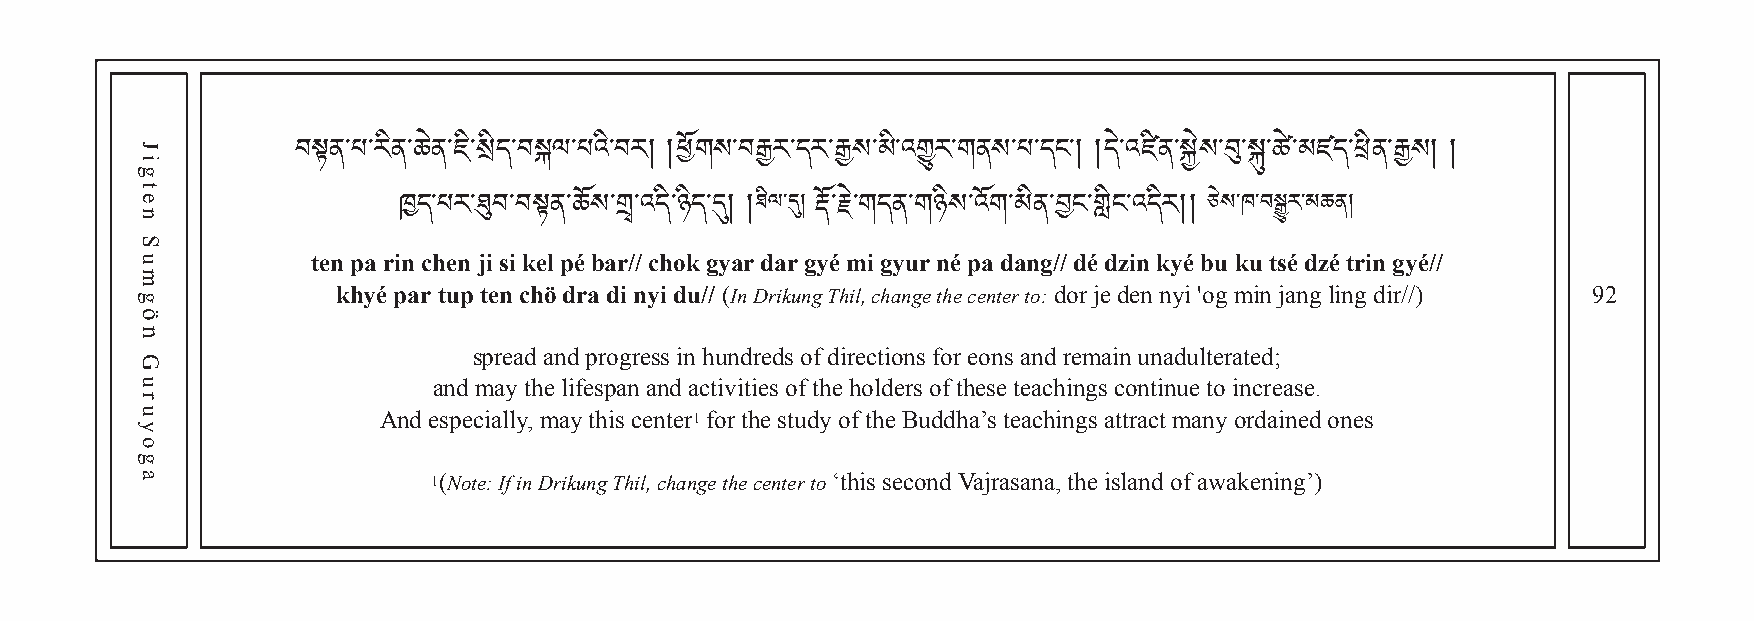
བསྟན་པ་རིན་ཆེན་ཇི་སྲིད་བསལ་པའི་བར། །ཕོགས་བརྒྱར་དར་རྒྱས་མི་འགྱུར་གནས་པ་དང་། །དེ་འཛིན་སྐྱེས་བུ་སྐུ་ཚྲེ་མཛད་ཕིན་རྒྱས། །
 ཐིལ་དུ།                       ཅེས་ཁ་བསྒྱུར་མཆན།
 ten pa riཁn དc་hཔeརn་ ཐུji བsi་བ kསྟelན p་ཆé ོསba་གྲྭr/་/འ cདhི་oཉkིད g་དུy།a r། dar gརyéོ་ར mེ་གi དgནyu་གr ཉnིསé p་འaོག d་མanིནg་/བ/ ངd་éགླ dིངz་iའnད kིརy།é། bu ku tsé dzé trin gyé//
 khyé par tup ten chö dra di nyi du// (In Drikung Thil, change the center to: dor je den nyi 'og min jang ling dir//) 92
 spread and progress in hundreds of directions for eons and remain unadulterated;
 and may the lifespan and activities of the holders of these teachings continue to increase.
 And especially, may this center1 for the study of the Buddha’s teachings attract many ordained ones
 1(Note: If in Drikung Thil, change the center to ‘this second Vajrasana, the island of awakening’)
 Jigten
 Sumgön
 Guruyoga